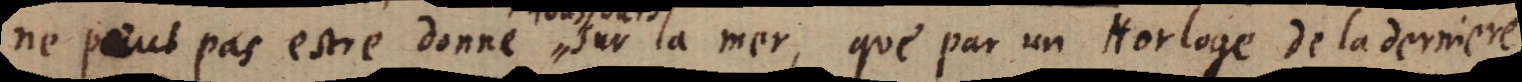
ne peut pas estre donné sur la mer, que par un Horloge de la derniere